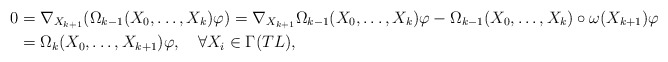
\begin{align*} 0&=\nabla_{X_{k+1}}(\Omega_{k-1}(X_0,\ldots,X_k)\varphi)=\nabla_{X_{k+1}}\Omega_{k-1}(X_0,\ldots,X_k)\varphi-\Omega_{k-1}(X_0,\ldots,X_k)\circ\omega(X_{k+1})\varphi\\ &=\Omega_k(X_0,\ldots,X_{k+1})\varphi,\quad\forall X_i \in\Gamma(TL), \end{align*}